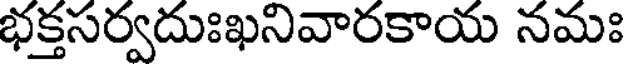
భక్తసర్వదుఃఖనివారకాయ నమః